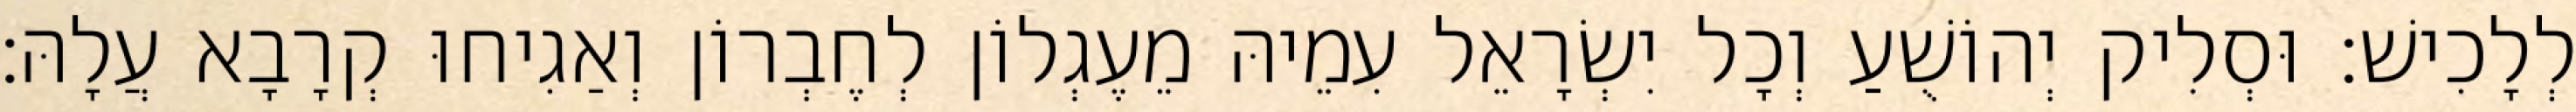
לְלָכִישׁ׃ וּסְלִיק יְהוֹשֻׁעַ וְכָל יִשְׂרָאֵל עִמֵיהּ מֵעֶגְלוֹן לְחֶבְרוֹן וְאַגִיחוּ קְרָבָא עֲלָהּ׃